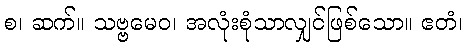
စ၊ ဆက်။ သဗ္ဗမေဝ၊ အလုံးစုံသာလျှင်ဖြစ်သော။ ဧတံ၊